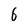
Character: 6